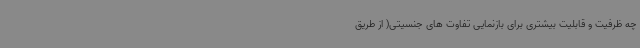
چه ظرفیت و قابلیت بیشتری برای بازنمایی تفاوت های جنسیتی( از طریق